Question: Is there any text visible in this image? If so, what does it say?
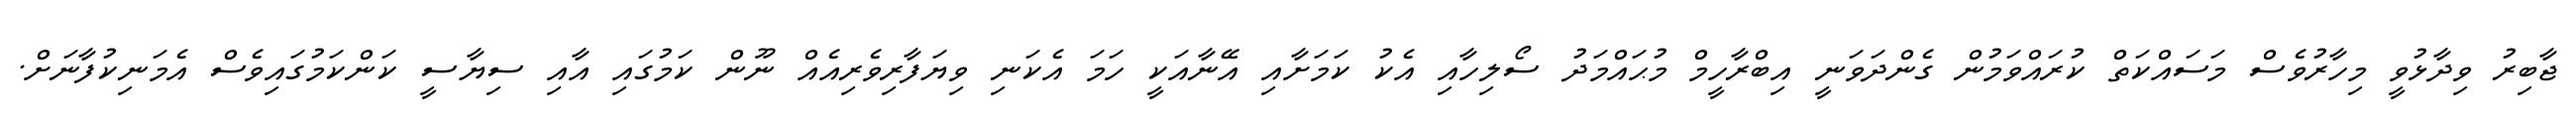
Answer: ޖާބިރު ވިދާޅުވީ މިހާރުވެސް މަސައްކަތް ކުރައްވަމުން ގެންދަވަނީ އިބްރާހީމް މުޙައްމަދު ސޯލިހާއި އެކު ކަމަށާއި އޭނާއަކީ ހަމަ އެކަނި ވިޔަފާރިވެރިއެއް ނޫން ކަމުގައި އާއި ސިޔާސީ ކަންކަމުގައިވެސް އެމަނިކުފާނަށް.